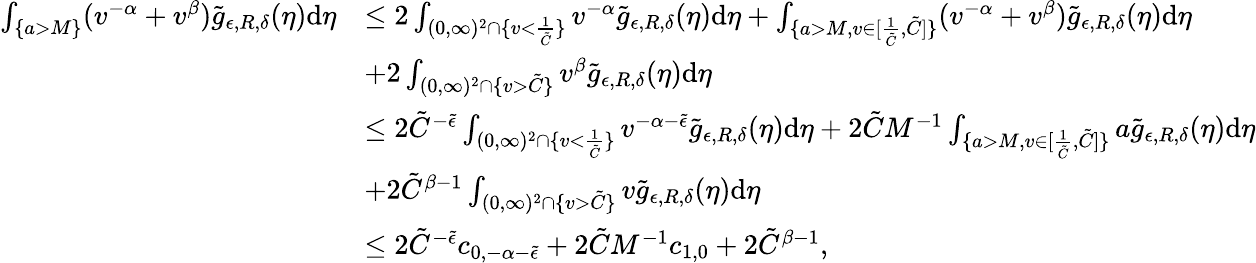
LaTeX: \begin{array}{rl}{\int_{\{ a>M\} }(v^{-\alpha}+v^{\beta})\tilde{g}_{\epsilon,R,\delta}(\eta)\textup{d}\eta}&{\leq 2\int_{(0,\infty)^{2}\cap\{ v<\frac{1}{\tilde{C}}\} }v^{-\alpha}\tilde{g}_{\epsilon,R,\delta}(\eta)\textup{d}\eta+\int_{\{ a>M,v\in[\frac{1}{\tilde{C}},\tilde{C}]\} }(v^{-\alpha}+v^{\beta})\tilde{g}_{\epsilon,R,\delta}(\eta)\textup{d}\eta}\\ &{+2\int_{(0,\infty)^{2}\cap\{ v>\tilde{C}\} }v^{\beta}\tilde{g}_{\epsilon,R,\delta}(\eta)\textup{d}\eta}\\ &{\leq 2\tilde{C}^{-\tilde{\epsilon}}\int_{(0,\infty)^{2}\cap\{ v<\frac{1}{\tilde{C}}\} }v^{-\alpha-\tilde{\epsilon}}\tilde{g}_{\epsilon,R,\delta}(\eta)\textup{d}\eta+2\tilde{C}M^{-1}\int_{\{ a>M,v\in[\frac{1}{\tilde{C}},\tilde{C}]\} }a\tilde{g}_{\epsilon,R,\delta}(\eta)\textup{d}\eta}\\ &{+2\tilde{C}^{\beta-1}\int_{(0,\infty)^{2}\cap\{ v>\tilde{C}\} }v\tilde{g}_{\epsilon,R,\delta}(\eta)\textup{d}\eta}\\ &{\leq 2\tilde{C}^{-\tilde{\epsilon}}c_{0,-\alpha-\tilde{\epsilon}}+2\tilde{C}M^{-1}c_{1,0}+2\tilde{C}^{\beta-1},}\end{array}